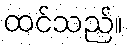
ထင်သည်။